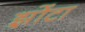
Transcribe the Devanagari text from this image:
झोंटा